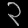
Digit: ၃